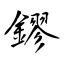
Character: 鏐